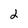
Character: 2